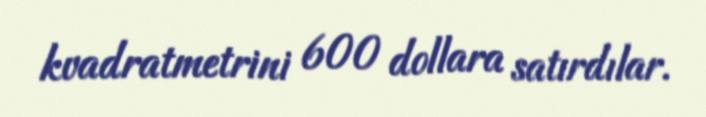
kvadratmetrini 600 dollara satırdılar.